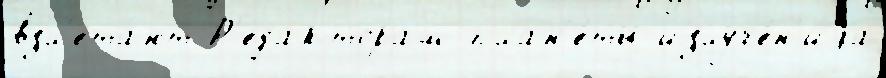
взл'ета́ют Р'едакторам план'е́ты излуче́н'иjа